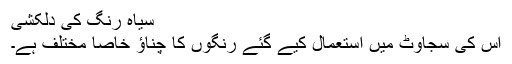
سیاہ رنگ کی دلکشی
اِس کی سجاوٹ میں استعمال کیے گئے رنگوں کا چناؤ خاصا مختلف ہے۔